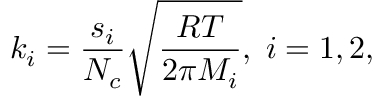
k _ { i } = \frac { s _ { i } } { N _ { c } } \sqrt { \frac { R T } { 2 \pi M _ { i } } } , \; i = 1 , 2 ,